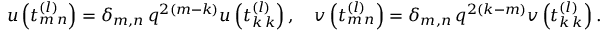
u \left( t _ { m \, n } ^ { ( l ) } \right) = \delta _ { m , n } \, q ^ { 2 ( m - k ) } u \left( t _ { k \, k } ^ { ( l ) } \right) , \quad v \left( t _ { m \, n } ^ { ( l ) } \right) = \delta _ { m , n } \, q ^ { 2 ( k - m ) } v \left( t _ { k \, k } ^ { ( l ) } \right) .